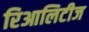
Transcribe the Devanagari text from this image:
रिआलिटीज